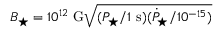
B _ { \star } = 1 0 ^ { 1 2 } ~ \mathrm { G } \sqrt { ( P _ { \star } / 1 ~ \mathrm { s } ) ( \dot { P } _ { \star } / 1 0 ^ { - 1 5 } ) }